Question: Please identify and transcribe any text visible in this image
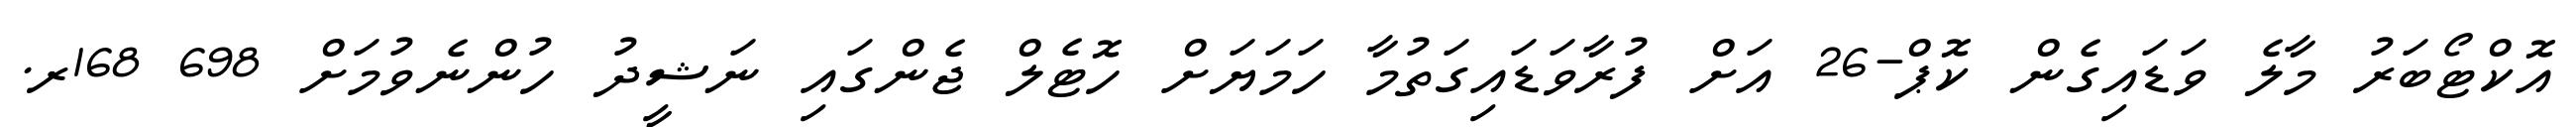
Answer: އޮކްޓޯބަރު މާލެ ވަޑައިގެން ކޮޕް-26 އަށް ފުރާވަޑައިގަތުމާ ހަމަޔަށް ހޮޓެލް ޖެންގައި ނަޝީދު ހުންނެވުމަށް 698 168ރ.